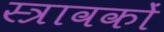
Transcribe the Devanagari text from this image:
स्त्रावकों